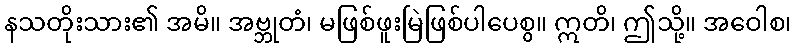
နသတိုးသား၏ အမိ။ အဗ္ဘုတံ၊ မဖြစ်ဖူးမြဲဖြစ်ပါပေစွ။ ဣတိ၊ ဤသို့။ အဝေါစ၊